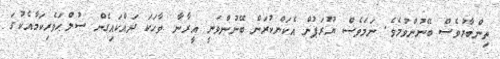
ތިންބާރުވެސް ބޭނުންވުމެވެ. ނަމަވެސް ޔޫރަޕުން އެކަންކުރަން ބޭނުންވަނީ އީރާނާ ވާހަކަ ދައްކައިގެން ސުލްޙަވެރިކަމާއެކުގަ